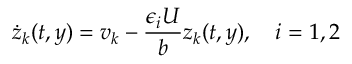
\dot { z } _ { k } ( t , y ) = v _ { k } - \frac { \epsilon _ { i } U } { b } z _ { k } ( t , y ) , \quad i = 1 , 2